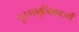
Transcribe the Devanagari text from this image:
पुरुषभूमिकाओं